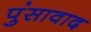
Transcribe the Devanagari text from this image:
पुंसावाद